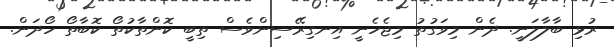
ރުޅި ބާލާލަނީ. ދެން މިވަގުތު މިޖެހެނީ އިނގިރޭސިންވެސް ތިބީ ކޮންތާކުތޯ ކޮބާތޯ ހޯދަން.